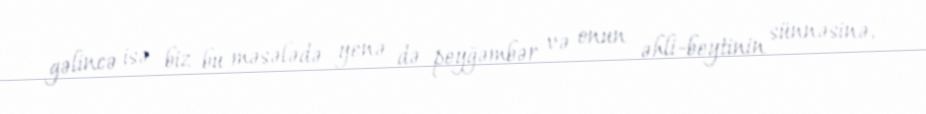
gəlincə isə biz bu məsələdə yenə də peyğəmbər və onun əhli-beytinin sünnəsinə,